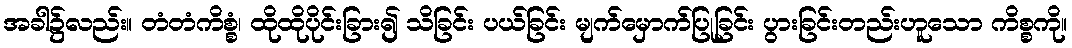
အခါ၌လည်း။ တံတံကိစ္စံ၊ ထိုထိုပိုင်းခြား၍ သိခြင်း ပယ်ခြင်း မျက်မှောက်ပြုခြင်း ပွားခြင်းတည်းဟူသော ကိစ္စကို။